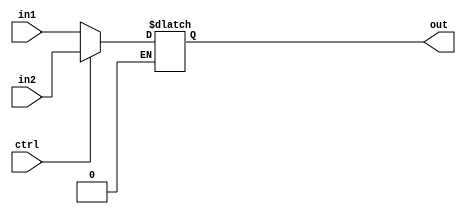
module Mux2to1_23b(out, in1, in2, ctrl);
    output reg [22:0] out;
    input [22:0] in1, in2;
    input ctrl;

    always @(*)
        if (ctrl == 1'b0)
            out <= in1;
        else if (ctrl  == 1'b1)
            out <= in2;

endmodule